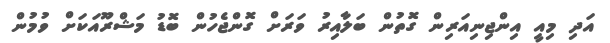
އަދި މިއީ އިންޖިނިއަރިން ގޮތުން ބަލާއިރު ވަރަށް ގޮންޖެހުން ބޮޑު މަޝްރޫއަކަށް ވުމުން